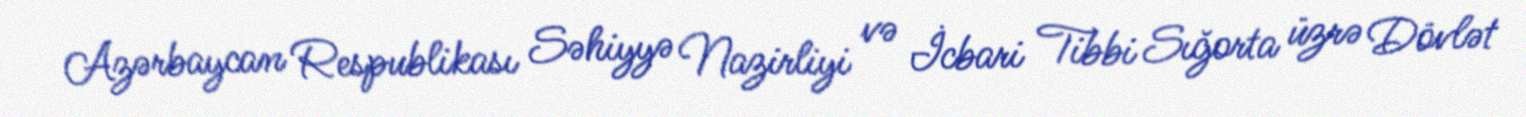
Azərbaycan Respublikası Səhiyyə Nazirliyi və İcbari Tibbi Sığorta üzrə Dövlət